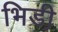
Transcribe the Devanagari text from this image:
भिडी़